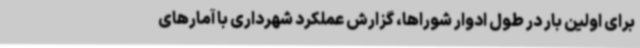
برای اولین بار در طول ادوار شوراها، گزارش عملکرد شهرداری با آمارهای